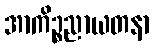
အာကိဉ္စညာယတနာ